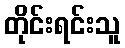
တိုင်းရင်းသူ